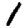
Digit: 1